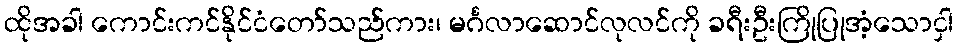
ထိုအခါ ကောင်းကင်နိုင်ငံတော်သည်ကား၊ မင်္ဂလာဆောင်လုလင်ကို ခရီးဦးကြိုပြုအံ့သောငှါ